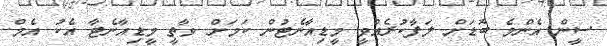
ސީން އެންމެ ބޮޑަށް ލަފާކުރެއްވީ މީޑިއާނެޓުން ކަމަށް ވާތީ މީޑިއާނެޓާ އެކު އެމް.